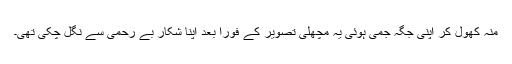
منہ کھول کر اپنی جگہ جمی ہوئی یہ مچھلی تصویر کے فوراً بعد اپنا شکار بے رحمی سے نگل چکی تھی۔